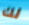
لك